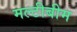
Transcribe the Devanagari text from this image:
मल्टीबीम